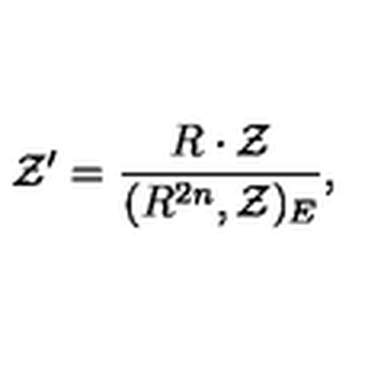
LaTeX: { \cal Z } ^ { \prime } = \frac { R \cdot { \cal Z } } { ( R ^ { 2 n } , { \cal Z } ) _ { E } } ,